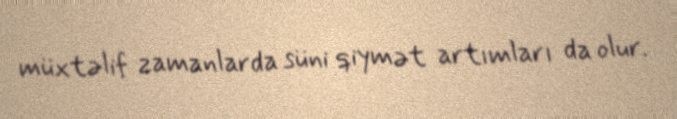
müxtəlif zamanlarda süni qiymət artımları da olur.